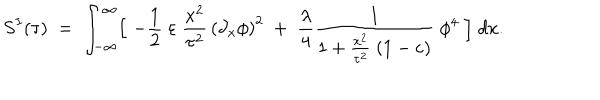
S ^ { I } ( \tau ) \; = \; \int _ { - \infty } ^ { \infty } \Bigl [ \; - { \frac { 1 } { 2 } } \; \varepsilon \; { \frac { x ^ { 2 } } { \tau ^ { 2 } } } \, \left( { \partial _ { x } \phi } \right) ^ { 2 } \; + \; { \frac { \lambda } { 4 } } { \frac { 1 } { 1 + { \frac { x ^ { 2 } } { \tau ^ { 2 } } } \; ( 1 - \varepsilon ) } } \; \phi ^ { 4 } \; \Bigr ] \; d x .